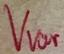
Text: Vvar